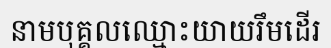
នាមបុគ្គលឈ្មោះយាយរឹមដើរ